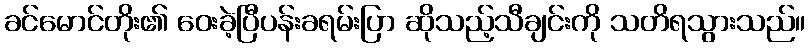
ခင်မောင်တိုး၏ ဝေးခဲ့ပြီပန်းခရမ်းပြာ ဆိုသည့်သီချင်းကို သတိရသွားသည်။